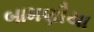
બામણીયા